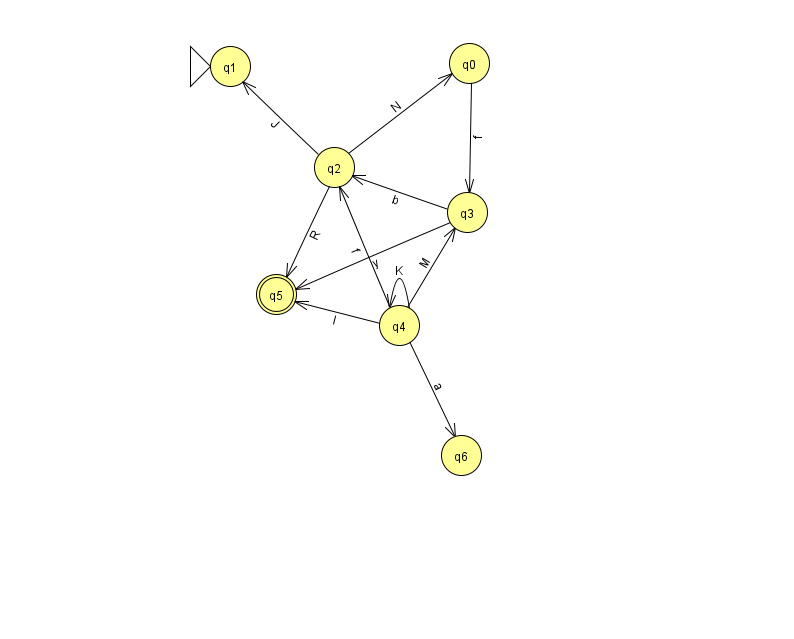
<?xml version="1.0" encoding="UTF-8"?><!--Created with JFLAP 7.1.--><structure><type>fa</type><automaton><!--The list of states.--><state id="0" name="q0"><x>469.0</x><y>50.0</y></state><state id="1" name="q1"><x>230.0</x><y>53.0</y><initial/></state><state id="2" name="q2"><x>334.0</x><y>154.0</y></state><state id="3" name="q3"><x>467.0</x><y>199.0</y></state><state id="4" name="q4"><x>399.0</x><y>312.0</y></state><state id="5" name="q5"><x>276.0</x><y>281.0</y><final/></state><state id="6" name="q6"><x>461.0</x><y>442.0</y></state><!--The list of transitions.--><transition><from>0</from><to>3</to><read>f</read></transition><transition><from>4</from><to>5</to><read>I</read></transition><transition><from>2</from><to>1</to><read>J</read></transition><transition><from>3</from><to>5</to><read>y</read></transition><transition><from>3</from><to>2</to><read>b</read></transition><transition><from>4</from><to>2</to><read>f</read></transition><transition><from>4</from><to>3</to><read>M</read></transition><transition><from>2</from><to>5</to><read>R</read></transition><transition><from>4</from><to>4</to><read>K</read></transition><transition><from>2</from><to>0</to><read>N</read></transition><transition><from>4</from><to>6</to><read>a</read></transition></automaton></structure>